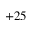
+ 2 5